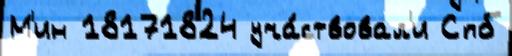
М'ин 18171824 уча́ствовал'и Спб